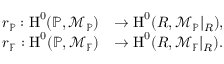
\begin{array} { r l } { r _ { \mathbb { P } } : \operatorname { H } ^ { 0 } ( \mathbb { P } , \mathcal { M } _ { \mathbb { P } } ) } & { \to \operatorname { H } ^ { 0 } ( R , \mathcal { M } _ { \mathbb { P } } | _ { R } ) , } \\ { r _ { \mathbb F } : \operatorname { H } ^ { 0 } ( \mathbb { P } , \mathcal { M } _ { \mathbb F } ) } & { \to \operatorname { H } ^ { 0 } ( R , \mathcal { M } _ { \mathbb F } | _ { R } ) . } \end{array}